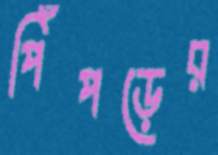
পিঁপড়ের